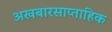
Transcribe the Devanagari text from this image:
अखबारसाप्ताहिक